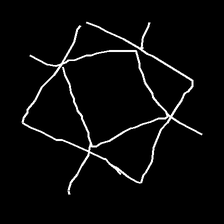
Glyph: light